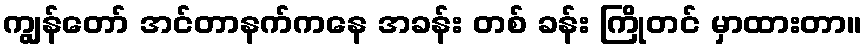
ကျွန်တော် အင်တာနက်ကနေ အခန်း တစ် ခန်း ကြိုတင် မှာထားတာ။